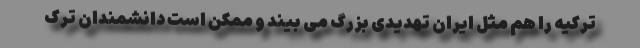
ترکیه را هم مثل ایران تهدیدی بزرگ می بیند و ممکن است دانشمندان ترک